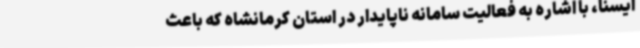
ایسنا، با اشاره به فعالیت سامانه ناپایدار در استان کرمانشاه که باعث